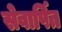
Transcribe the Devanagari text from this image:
सेवार्पित